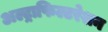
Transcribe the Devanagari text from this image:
अल्ट्राफिल्टरेशन